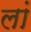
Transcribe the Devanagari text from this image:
लां